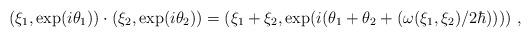
LaTeX: \begin{align*} (\xi_1,\exp(i\theta_1))\cdot(\xi_2,\exp(i\theta_2))=(\xi_1+\xi_2,\exp(i(\theta_1+\theta_2+(\omega(\xi_1,\xi_2)/2\hbar)))) \ , \ \end{align*}